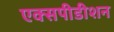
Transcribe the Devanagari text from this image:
एक्सपीडीशन